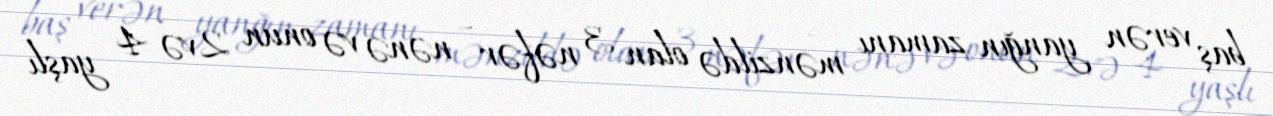
baş verən yanğın zamanı mənzildə olan 3 nəfər – nənə və onun 2 və 4 yaşlı